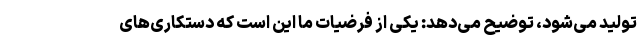
تولید می‌شود، توضیح می‌دهد: یکی از فرضیات ما این است که دستکاری‌های